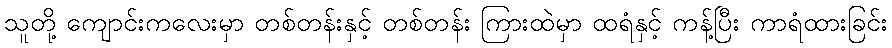
သူတို့ ကျောင်းကလေးမှာ တစ်တန်းနှင့် တစ်တန်း ကြားထဲမှာ ထရံနှင့် ကန့်ပြီး ကာရံထားခြင်း